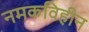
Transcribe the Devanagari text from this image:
नमकविहीन